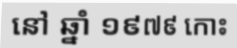
នៅ ឆ្នាំ ១៩៧៩ កោះ